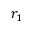
r _ { 1 }